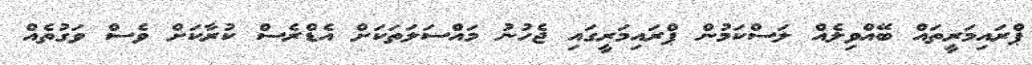
ޕްރައިމަރީތައް ބޭއްވިލެއް ލަސްކަމުން ޕްރައިމަރީގައި ޖެހުނު މައްސަލަތަކަށް އެޑްރެސް ކުރާކަށް ވެސް ވަގުތެއް